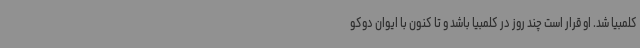
کلمبیا شد. او قرار است چند روز در کلمبیا باشد و تا کنون با ایوان دوکو